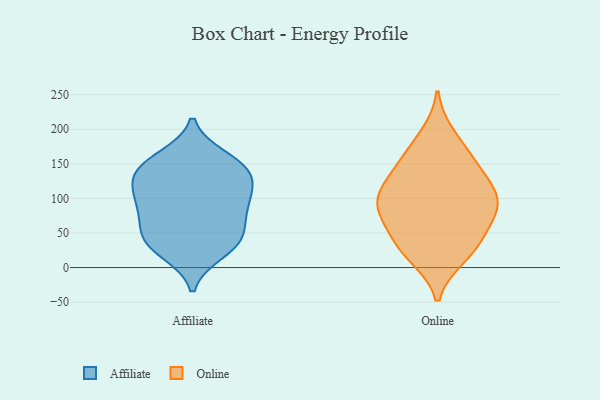
{"axis": {"x": "Temperature (°C)", "y": "Value"}, "legend": ["Affiliate", "Online"], "data": [{"x": "", "y": 101, "type": "Affiliate"}, {"x": "", "y": 32, "type": "Affiliate"}, {"x": "", "y": 102, "type": "Affiliate"}, {"x": "", "y": 145, "type": "Affiliate"}, {"x": "", "y": 22, "type": "Affiliate"}, {"x": "", "y": 159, "type": "Affiliate"}, {"x": "", "y": 47, "type": "Affiliate"}, {"x": "", "y": 92, "type": "Affiliate"}, {"x": "", "y": 127, "type": "Affiliate"}, {"x": "", "y": 138, "type": "Affiliate"}, {"x": "", "y": 152, "type": "Affiliate"}, {"x": "", "y": 66, "type": "Affiliate"}, {"x": "", "y": 33, "type": "Affiliate"}, {"x": "", "y": 89, "type": "Affiliate"}, {"x": "", "y": 131, "type": "Affiliate"}, {"x": "", "y": 52, "type": "Affiliate"}, {"x": "", "y": 143, "type": "Online"}, {"x": "", "y": 102, "type": "Online"}, {"x": "", "y": 30, "type": "Online"}, {"x": "", "y": 191, "type": "Online"}, {"x": "", "y": 130, "type": "Online"}, {"x": "", "y": 93, "type": "Online"}, {"x": "", "y": 77, "type": "Online"}, {"x": "", "y": 169, "type": "Online"}, {"x": "", "y": 21, "type": "Online"}, {"x": "", "y": 91, "type": "Online"}, {"x": "", "y": 48, "type": "Online"}, {"x": "", "y": 16, "type": "Online"}, {"x": "", "y": 99, "type": "Online"}, {"x": "", "y": 56, "type": "Online"}, {"x": "", "y": 98, "type": "Online"}, {"x": "", "y": 146, "type": "Online"}]}